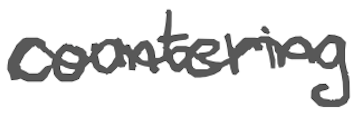
Text: countering
Cross-out: wave
Writing tool: digital_gray